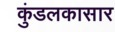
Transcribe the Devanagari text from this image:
कुंडलकासार